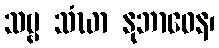
သဗ္ဗ သံဃာ နုဘာဝေန၊